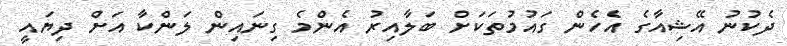
ދެކުނު އޭޝިއާގެ އެހެން ގައުމުތަކަށް ބަލާއިރު އެންމެ ގިނައިން ލަންކާ އަށް ދިޔައީ